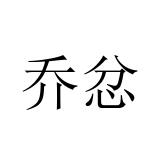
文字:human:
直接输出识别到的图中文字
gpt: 乔忿